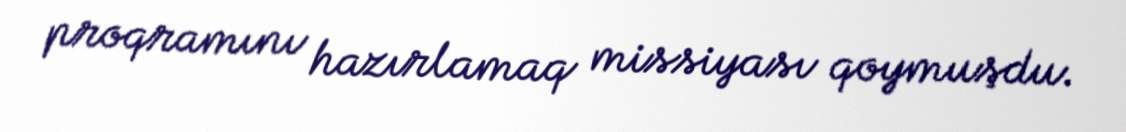
proqramını hazırlamaq missiyası qoymuşdu.